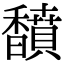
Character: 馩